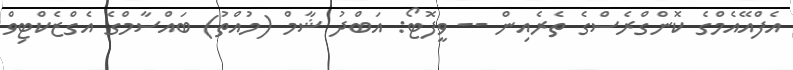
އެފްއޭއެމްގެ ކޮންގްރެސްގެ ތެރެއިން -- ވީފޮޓޯ: އަބްދު ޝާމް (މުއްތު) ބައްސާމްގެ އެގްޒެކްޓިވް